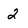
Character: 2